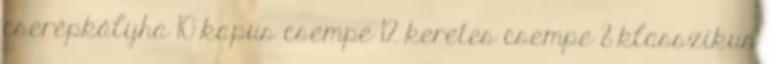
cserépkályha 10 kapus csempe 12 keretes csempe 8 klasszikus